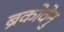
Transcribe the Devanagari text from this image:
ब्रंकोवेनु